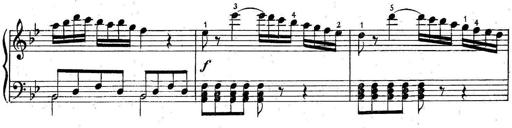
Title: 6 Easy Sonatinas
Composer: Carl Czerny